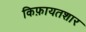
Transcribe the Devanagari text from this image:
किफ़ायतशार